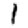
Digit: 1